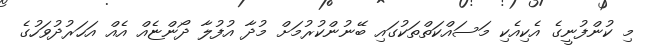
މި ކުންފުނީގެ އެކިއެކި މަސައްކަތްތަކުގައި ބޭނުންކުރުމަށް މުދާ އުފުލާ ދޯންޏެއް އެއް އަހަރުދުވަހުގެ